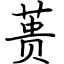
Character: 蒉